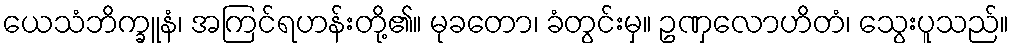
ယေသံဘိက္ခူနံ၊ အကြင်ရဟန်းတို့၏။ မုခတော၊ ခံတွင်းမှ။ ဥဏှလောဟိတံ၊ သွေးပူသည်။